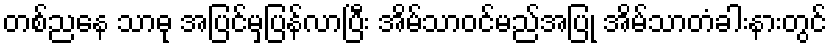
တစ်ညနေ သာဓု အပြင်မှပြန်လာပြီး အိမ်သာဝင်မည်အပြု အိမ်သာတံခါးနားတွင်